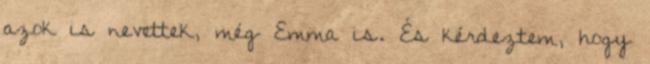
azok is nevettek, még Emma is. És kérdeztem, hogy